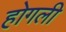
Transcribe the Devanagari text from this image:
होगली